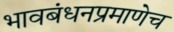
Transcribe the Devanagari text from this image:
भावबंधनप्रमाणेच